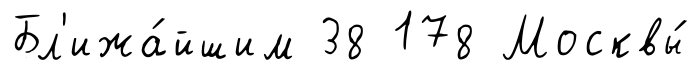
Бл'ижа́йшим 38 178 Москвы́